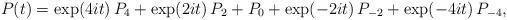
LaTeX: \begin{align*}P(t)=\exp(4it)\,P_4+\exp(2it)\,P_2+P_0+\exp(-2it)\,P_{-2}+\exp(-4it)\,P_{-4},\end{align*}